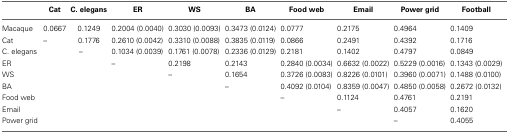
|  | Cat | C. elegans | ER | WS | BA | Food web | Email | Power grid | Football |
 | --- | --- | --- | --- | --- | --- | --- | --- | --- | --- |
 | Macaque | 0.0667 | 0.1249 | 0.2004 (0.0040) | 0.3030 (0.0093) | 0.3473 (0.0124) | 0.0777 | 0.2175 | 0.4964 | 0.1409 |
 | Cat | – | 0.1776 | 0.2610 (0.0042) | 0.3310 (0.0088) | 0.3835 (0.0119) | 0.0866 | 0.2491 | 0.4392 | 0.1716 |
 | C. elegans |  | – | 0.1034 (0.0039) | 0.1761 (0.0078) | 0.2336 (0.0129) | 0.2181 | 0.1402 | 0.4797 | 0.0849 |
 | ER |  |  | – | 0.2198 | 0.2143 | 0.2840 (0.0034) | 0.6632 (0.0022) | 0.5229 (0.0016) | 0.1343 (0.0029) |
 | WS |  |  |  | – | 0.1654 | 0.3726 (0.0083) | 0.8226 (0.0101) | 0.3960 (0.0071) | 0.1488 (0.0100) |
 | BA |  |  |  |  | – | 0.4092 (0.0104) | 0.8359 (0.0047) | 0.4850 (0.0058) | 0.2672 (0.0132) |
 | Food web |  |  |  |  |  | – | 0.1124 | 0.4761 | 0.2191 |
 | Email |  |  |  |  |  |  | – | 0.4057 | 0.1620 |
 | Power grid |  |  |  |  |  |  |  | – | 0.4055 |